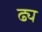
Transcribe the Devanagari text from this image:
ढ्य